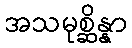
အသမုစ္ဆိန္နာ